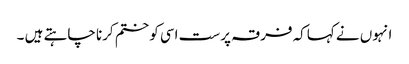
انہوں نے کہاکہ فرقہ پرست اسی کو ختم کرنا چاہتے ہیں ۔